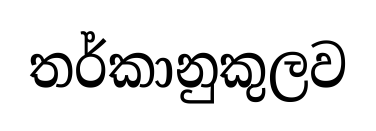
තර්කානුකුලව